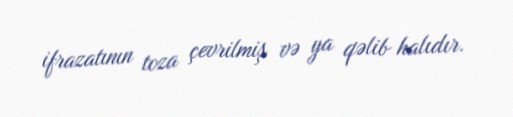
ifrazatının toza çevrilmiş və ya qəlib halıdır.